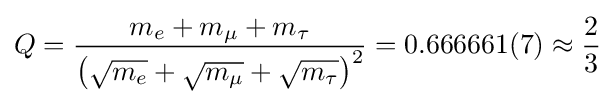
Q={\frac {m_{e}+m_{\mu }+m_{\tau }}{{\big (}{\sqrt {m_{e}}}+{\sqrt {m_{\mu }}}+{\sqrt {m_{\tau }}}{\big )}^{2}}}=0.666661(7)\approx {\frac {2}{3}}